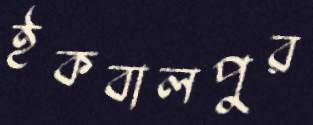
ইকবালপুর